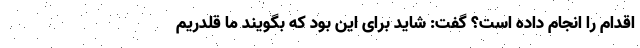
اقدام را انجام داده است؟ گفت: شاید برای این بود که بگویند ما قلدریم